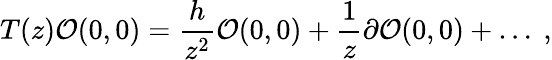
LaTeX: T(z){\cal O}(0,0)=\frac{h}{z^{2}}{\cal O}(0,0)+\frac{1}{z}\partial{\cal O}(0,0)+\ldots\ ,